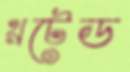
থ্রটেড